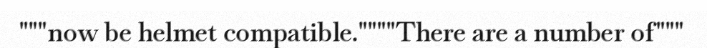
"""now be helmet compatible.""""There are a number of"""